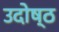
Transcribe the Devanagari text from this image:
उदोष्ठ